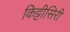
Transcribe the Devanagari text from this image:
किट्टीसिरी